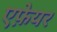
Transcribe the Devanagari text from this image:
एफ़ेयर